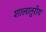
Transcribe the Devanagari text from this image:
शालातुरीय